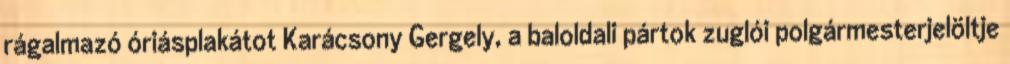
rágalmazó óriásplakátot Karácsony Gergely, a baloldali pártok zuglói polgármesterjelöltje